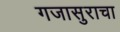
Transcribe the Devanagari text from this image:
गजासुराचा